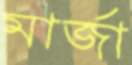
মার্জা